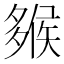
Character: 𡗁